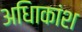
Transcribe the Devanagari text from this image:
अधिाकांश